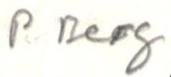
P Berg